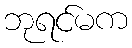
ဘုရင်မက